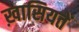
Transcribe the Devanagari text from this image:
ख़ासियतें